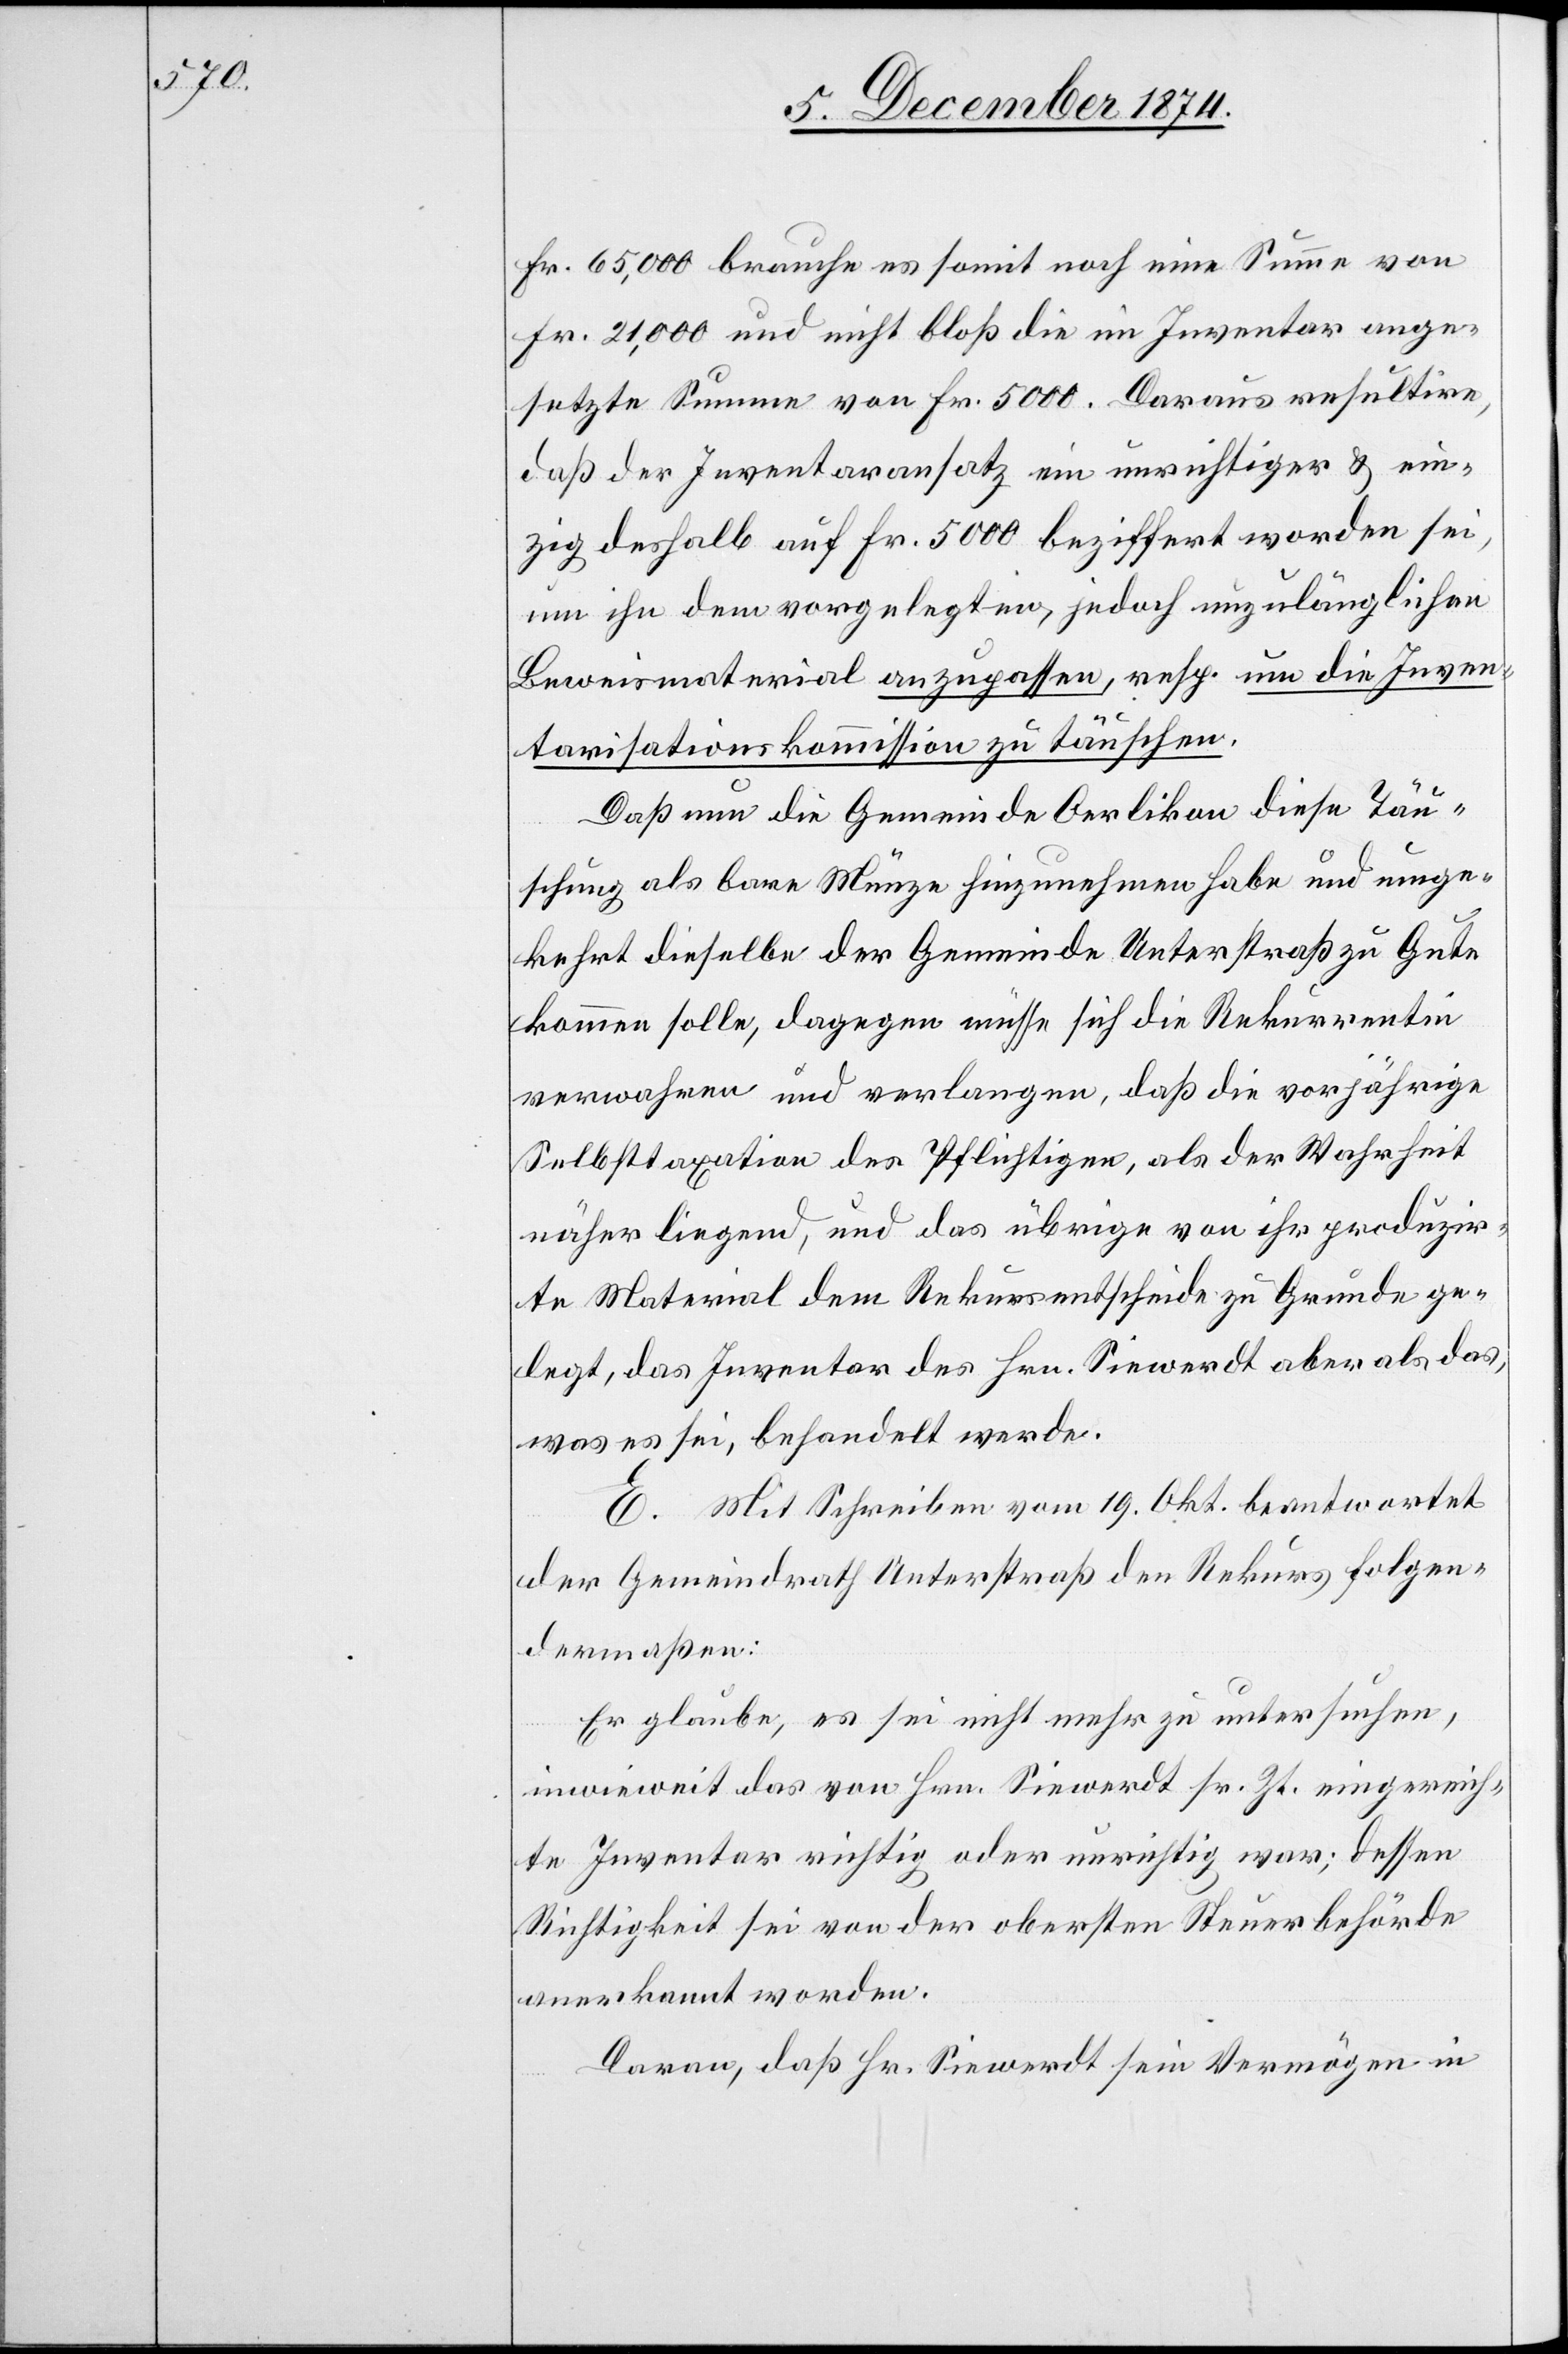
Fr. 65,000 brauche es somit noch eine Summe von
Fr. 21,000 und nicht bloß die im Inventar ange¬
setzte Summe von Fr. 5000. Daraus resultire,
daß der Inventaransatz ein unrichtiger & ein¬
zig deshalb auf Fr. 5000 beziffert worden sei,
um ihn dem vorgelegten, jedoch unzulänglichen
Beweismaterial anzupassen, resp. um die Inven¬
tarisationskommission zu täuschen.
Daß nun die Gemeinde Oerlikon diese Täu¬
schung als bare Münze hinzunehmen habe und umge¬
kehrt dieselbe der Gemeinde Unterstraß zu Gute
kommen solle, dagegen müsse sich die Rekurrentin
verwahren und verlangen, daß die vorjährige
Selbsttaxation des Pflichtigen, als der Wahrheit
näher liegend, und das übrige von ihr produzir¬
te Material dem Rekursentscheide zu Grunde ge¬
legt, das Inventar des Hrn. Siewerdt aber als das,
was es sei, behandelt werde.
E. Mit Schreiben vom 19. Okt. beantwortet
der Gemeindrath Unterstraß den Rekurs folgen¬
dermaßen:
Er glaube, es sei nicht mehr zu untersuchen,
inwieweit das von Hrn. Siewerdt sr. Zt. eingereich¬
te Inventar richtig oder unrichtig war; dessen
Richtigkeit sei von der obersten Steuerbehörde
anerkannt worden.
Daran, daß Hr. Siewerdt sein Vermögen in